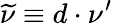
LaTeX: \widetilde\nu\equiv d\cdot\nu^{\prime}